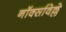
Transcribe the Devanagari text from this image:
नॉक्सविल्ले